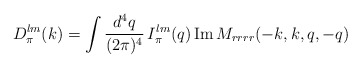
\begin{align*} D_{\pi}^{lm}(k) = \int{d^4q\over (2\pi)^4}\,I_{\pi}^{lm}(q)\, {\rm Im\, }M_{rrrr}(-k,k,q,-q)\end{align*}